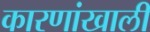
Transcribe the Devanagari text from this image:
कारणांखाली